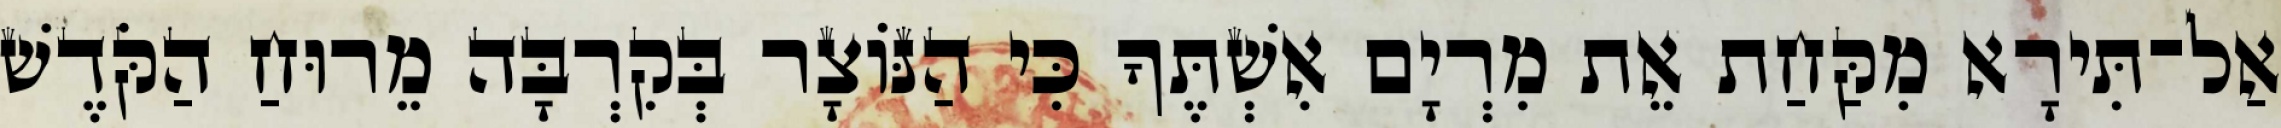
אַל־תִּירָא מִקַּחַת אֵת מִרְיָם אִשְׁתֶּךָ כִּי הַנּוֹצָר בְּקִרְבָּה מֵרוּחַ הַקֹּדֶשׁ